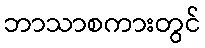
ဘာသာစကားတွင်